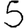
Digit: 5